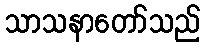
သာသနာတော်သည်